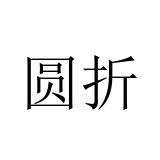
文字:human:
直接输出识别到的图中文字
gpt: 圆折